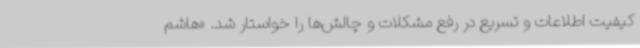
کیفیت اطلاعات و تسریع در رفع مشکلات و چالش‌ها را خواستار شد. «هاشم